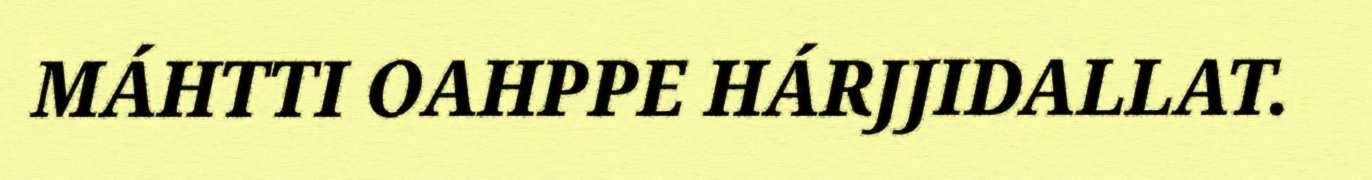
MÁHTTI OAHPPE HÁRJJIDALLAT.